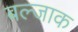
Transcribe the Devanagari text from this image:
बल्जाक